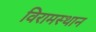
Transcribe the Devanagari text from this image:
विरामस्थान